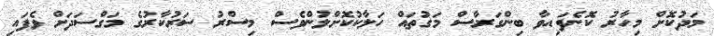
މަދުކޮށް މިހާރު ކޮނެފައިވާ ބިންގަރާސް މަގުތައް ހަލާކުކޮށްލުންވެސް މިސްރު ސަރުކާރުގެ މަގްސަދަށް ވެފައި